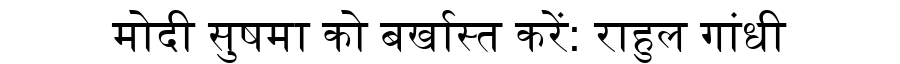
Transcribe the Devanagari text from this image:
मोदी सुषमा को बर्खास्त करें: राहुल गांधी